Civil Veterinary Department Bihar reports 1940-50 - 1940-1950
Year: 1940
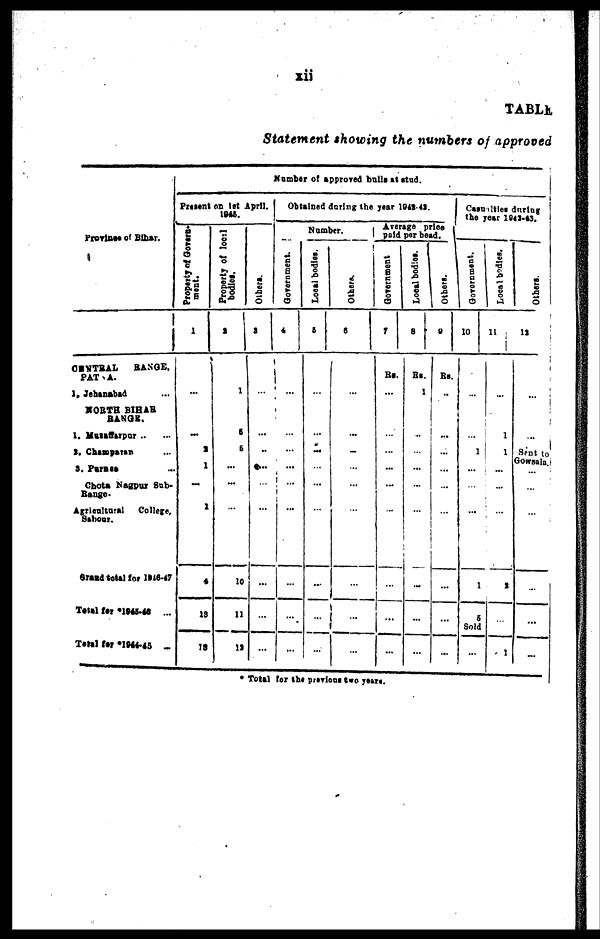
xii
TABLE
Statement showing the numbers of approved
Province of Bihar.
CENTRAL
RANGE.
PATNA.
1. Johanabad ...
NORTH BIHAR
BANGE.
1. Muzaffarpur .. ...
1, Champaran ...
3. Pirmee ...
Chota Nagpur Sub-
Range.
Agricultural
College,
Sahour.
Grand total for 1946-47
Total for *1944-45 ...
Total for *1944-45 ...
Number of approved bulls at stud.
Present on 1st April,
1945.
Property of Govorn-
ment.
1
...
...
a
—
1
4
19
79
Properly of local
bodies.
a
1
6
5
...
...
10
11
12
Others.
a
...
...
...
...
Obtained during the year 1942-43.
Number.
Government.
4
..■
...
Local bodies.
6
...
...
...
Others.
6
...
...
...
...
Average price
paid per bead.
Government
7
Rs.
...
...
...
...
...
...
...
...
Local bodies.
8
Rs.
1
...
-
...
Others.
9
Rs.
...
...
...
...
...
Casulties during
the year 1942-43.
Government.
10
1
1
6
Sold
Local bodies.
11
...
1
1
...
a
1
Others.
12
Sent to
Gowsala
...
-
* Total for the previous two years.